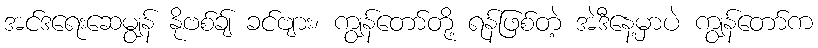
အင်ဒရေးဆေမျွန် နိုဗစ်ချ် ခင်ဗျား၊ ကျွန်တော်တို့ ရန်ဖြစ်တဲ့ အဲဒီနေ့မှာပဲ ကျွန်တော်က